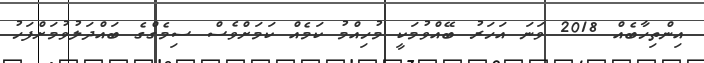
އިންތިހާބެއް 2018 ވަނަ އަހަރު ބޭއްވުމަކީ މުހިއްމު ކަމެއް ކަމަށްވެސް ސިމެގްގެ ބައްދަލުވުމަށްފަހު